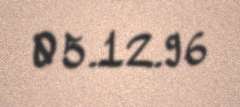
05.12.96